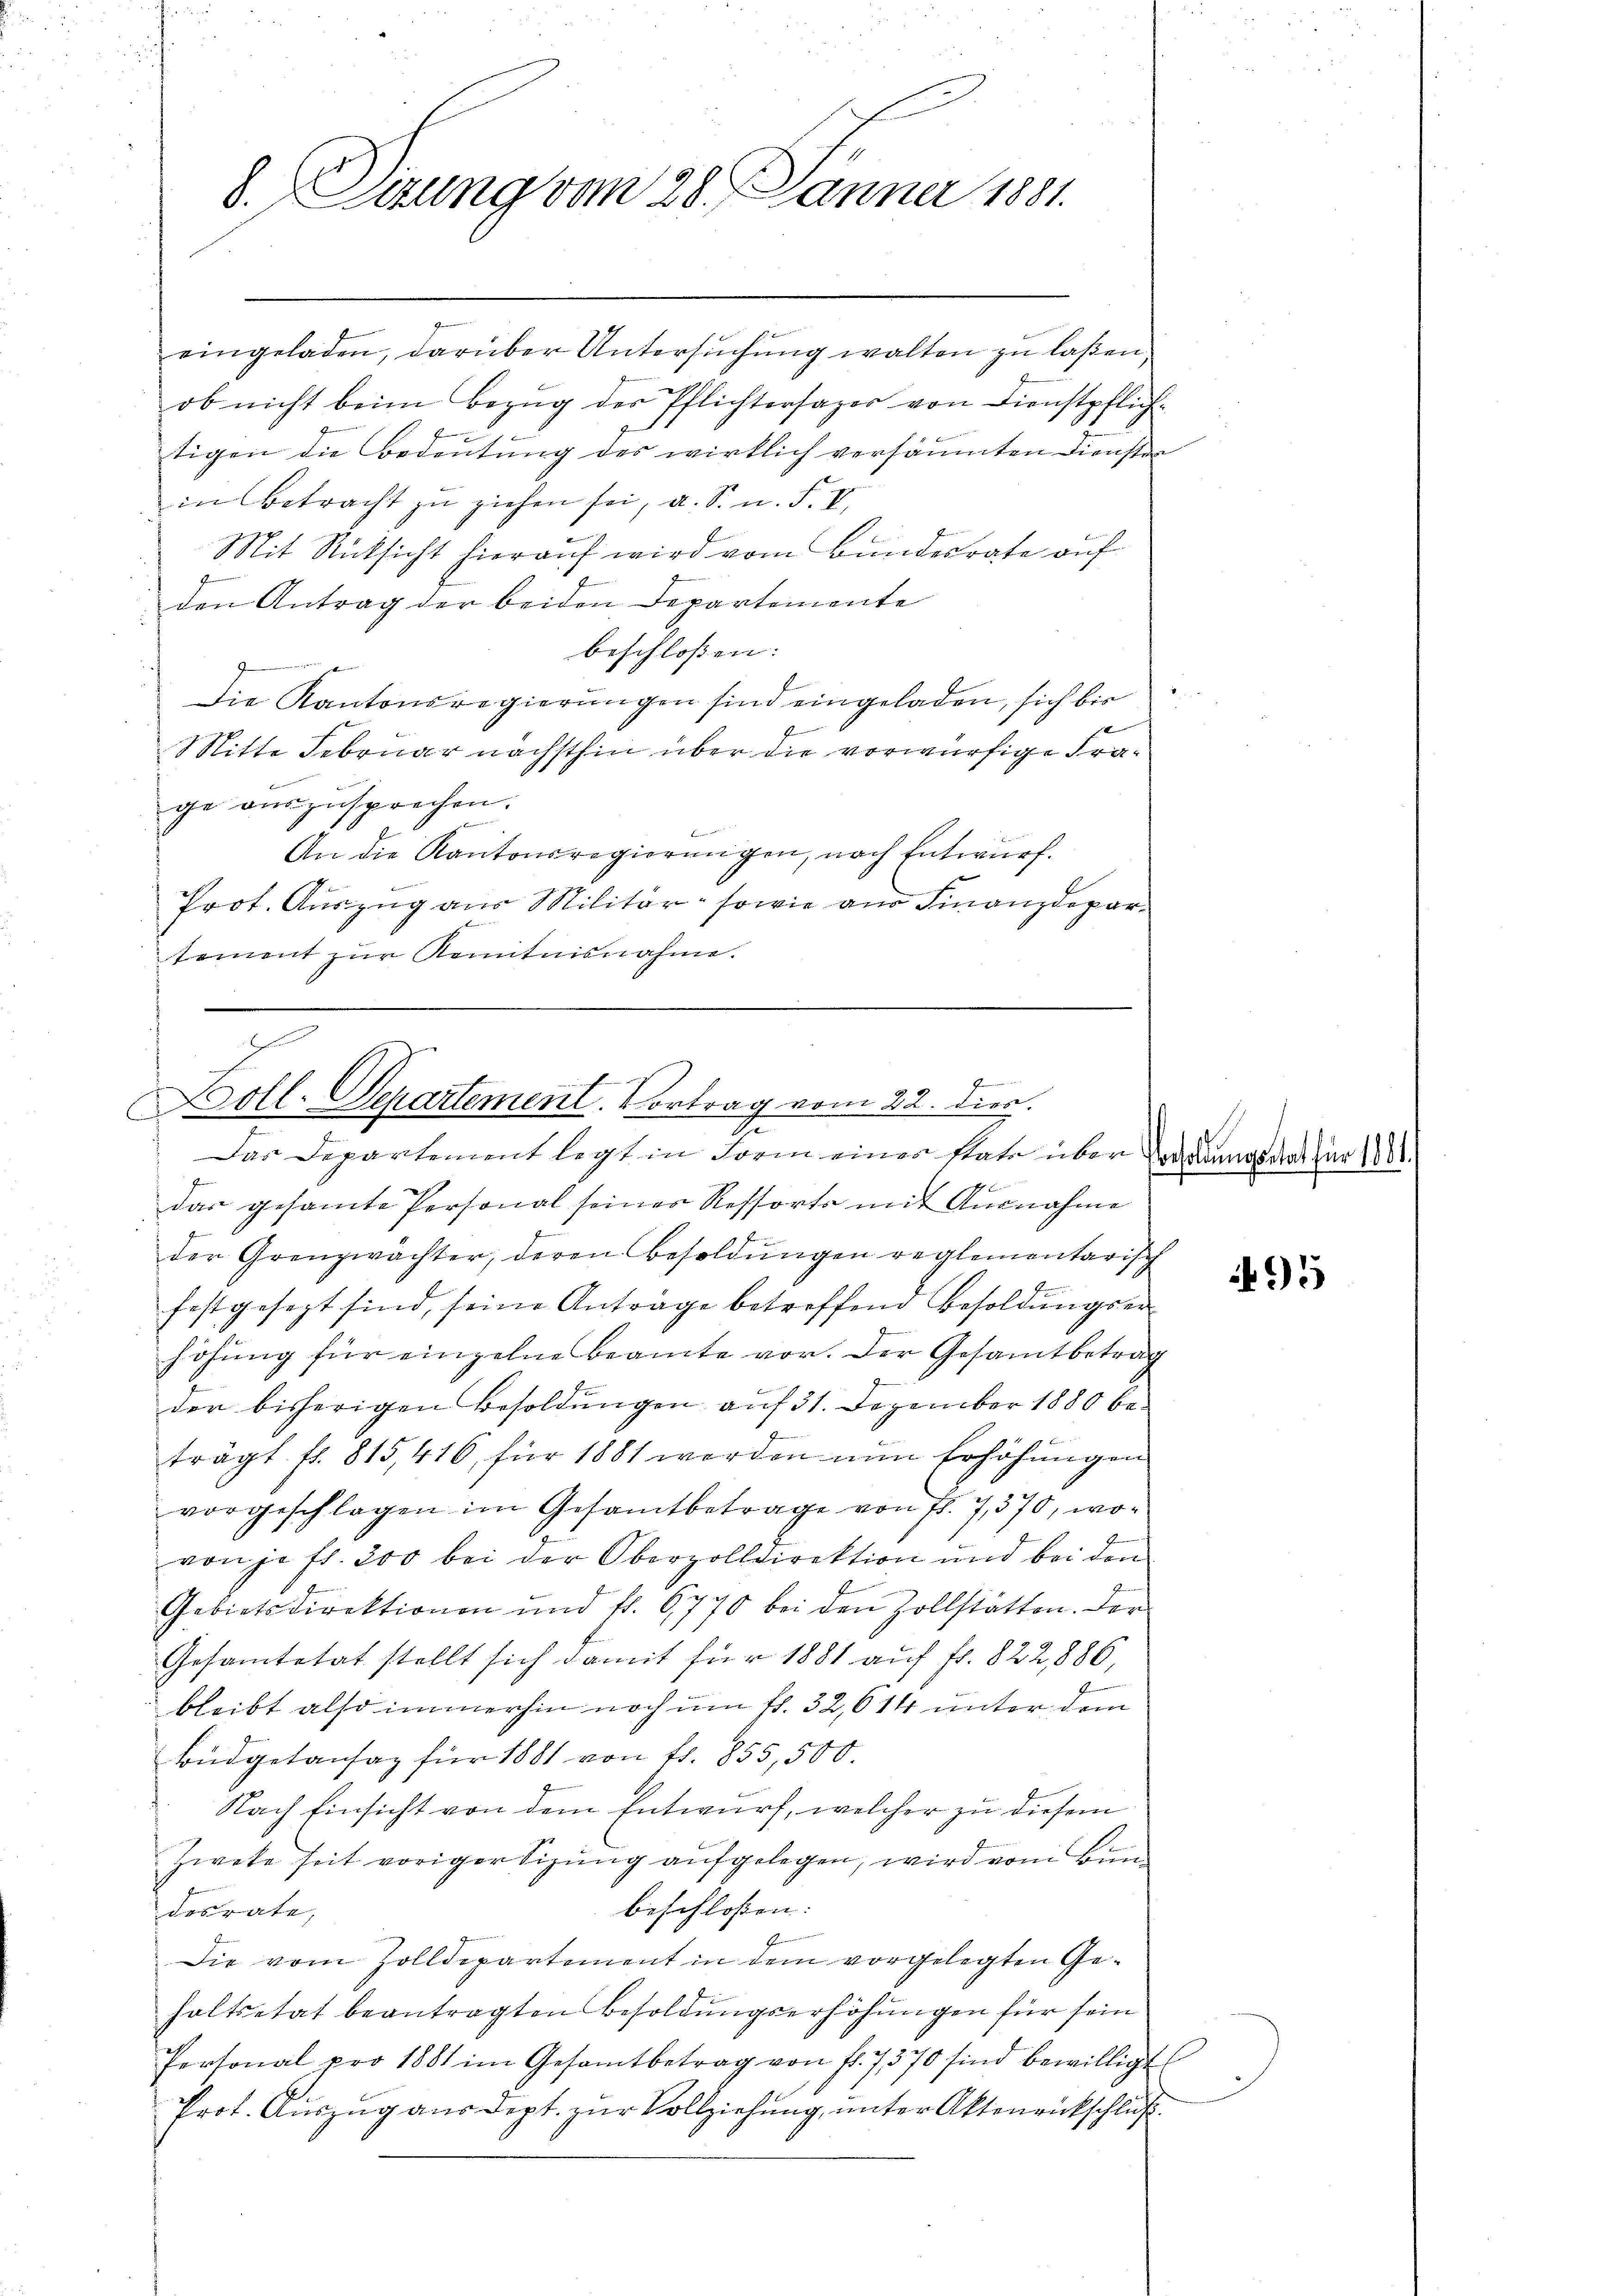
8. Dirung vom 28. Januar 1881.

eingeladen, darüber Untersŭchŭng walten zŭ laßen.
ob nicht beim Bezŭg der Pflichtersazer von Dienstpflich
tigen die Bedeutung des wirklich versäumten Diensten
in Betracht zŭ ziehen sei, a. S. n. F. V
Mit Rücksicht hierauf wird vom Bundesrate auf
g
den Antrag der beiden Departemente
beschlossen: |
Die Kantonsregierungen sind eingeladen, sich bis
Mitte Februar nächsthin über die vorwürfige Frage auszusprechen.
An die Kantonsregierungen, nach Entwurf.
g
Prot. Auszug aus Militär- sowie an Finanzdepar¬
E
tement zur Kenntnisnahme.

d
P
Doll. Separtement. Vortrag vom 22. dies.
E
Das Departement legt in Form einer state über Erderungsdat für 188

s
das gesamte Personal seiner Ressorts mit Ausnahme
der Grenzwächter, deren Besoldungen reglementarisch
festgesezt sind, seine Antrage betreffend Besoldŭngser-
höhung für einzelne Beamte vor. Der Gesamtbetrag
der bisherigen Besoldungen auf 31. Dezember 1880 be-
trägt fl. 815,416 für 1881 werden nun Erhöhungen
vorgeschlagen im Gesamtbetrage von fl. 7,370, wovon je fl. 200 bei der Oberzolldirektion und bei den
Gebietsdirektionen und fl. 6770 bei den Zollstätten. Der
Gesamtetat stellt sich damit für 1881 auf fr. 822,886,
bleibt also immerhin noch um fr. 32, 614 unter dem
Büdgetansaz für 1881 von fr. 855,500.
Nach Einsicht von dem Entwurf, welcher zu diesem
Zweke seit voriger Sizŭng aufgelegen, wird vom Bunbeschloßen:
desrate,
Die vom Zolldepartement in dem vorgelegten Gehaltsetat beantragten Besoldungserhöhungen für sein
Personal pro 1881 im Gesamtbetrag von fl. 7370 sind bewilligt
Prot. Auszug aus dept. zur Vollziehung, unter Aktenrückschluß

95